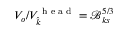
V _ { o } / V _ { \widehat { k } } ^ { \textrm { h e a d } } = \mathcal { B } _ { k s } ^ { 5 / 3 }